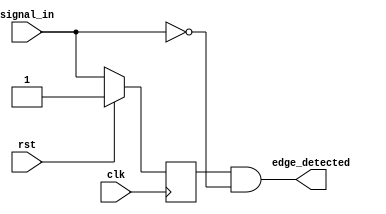
module neg_edge_detector (
   input  wire clk,
   input  wire rst,
   input  wire signal_in,
   output wire edge_detected);

   reg register;

   always @(posedge clk) begin
      if (rst) register <= 1;
      else register <= signal_in;
   end

   assign edge_detected = register & ~signal_in;

endmodule